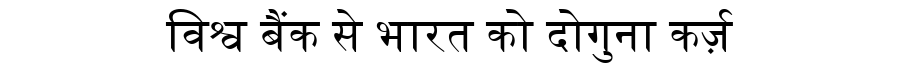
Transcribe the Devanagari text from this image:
विश्व बैंक से भारत को दोगुना कर्ज़